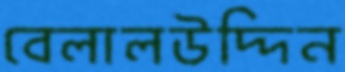
বেলালউদ্দিন